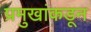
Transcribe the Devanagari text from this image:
प्रमुखांकडून